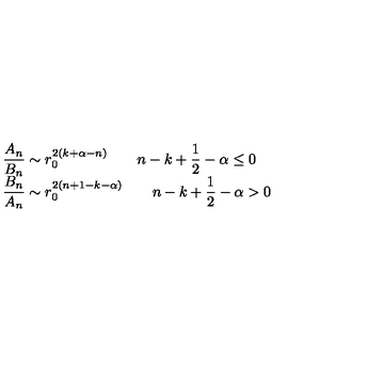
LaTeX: \begin{array} { l } { \displaystyle { \frac { A _ { n } } { B _ { n } } } \sim r _ { 0 } ^ { 2 \left( k + \alpha - n \right) } \qquad n - k + \frac { 1 } { 2 } - \alpha \leq 0 } \\ { \displaystyle { \frac { B _ { n } } { A _ { n } } } \sim r _ { 0 } ^ { 2 \left( n + 1 - k - \alpha \right) } \qquad n - k + \frac { 1 } { 2 } - \alpha > 0 } \\ \end{array}